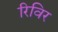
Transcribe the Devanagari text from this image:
रिविर